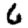
Digit: 6